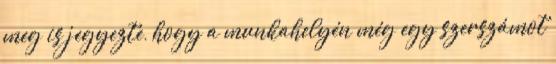
meg is jegyezte, hogy a munkahelyén még egy szerszámot